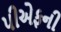
પીએફની